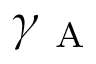
\gamma _ { \mathrm { ~ A ~ } }